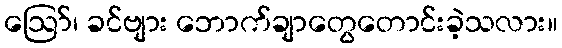
ဪ၊ ခင်ဗျား ဘောက်ချာတွေတောင်းခဲ့သလား။